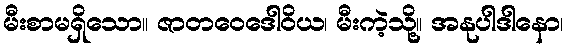
မီးစာမရှိသော။ ဇာတဝေဒေါဝိယ၊ မီးကဲ့သို့။ အနုပါဒါနော၊